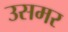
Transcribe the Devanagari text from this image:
उसमर